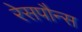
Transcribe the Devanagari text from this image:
रेसपौन्स